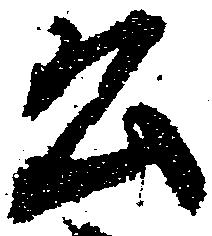
公